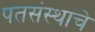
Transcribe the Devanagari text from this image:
पतसंस्थाचे